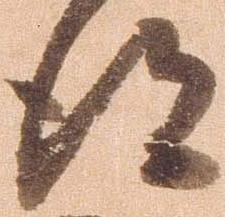
得